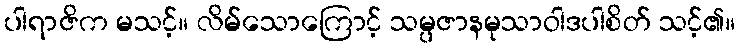
ပါရာဇိက မသင့်။ လိမ်သောကြောင့် သမ္ပဇာနမုသာဝါဒပါစိတ် သင့်၏။